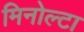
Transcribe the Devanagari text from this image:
मिनोल्टा